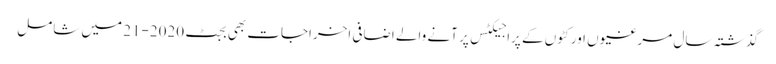
گذشتہ سال مرغیوں اور کٹوں کے پراجیکٹس پر آنے والے اضافی اخراجات بھی بجٹ 2020-21 میں شامل